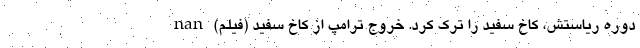
دوره ریاستش، کاخ سفید را ترک کرد. خروج ترامپ از کاخ سفید (فیلم) nan